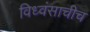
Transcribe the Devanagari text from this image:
विध्वंसाचीच